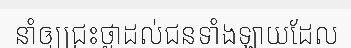
នាំឲ្យជ្រះថ្លាដល់ជនទាំងឡាយដែល